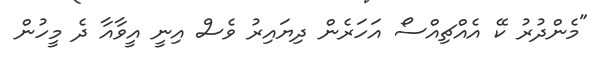
"މެންދުރު ކޭ އެއްޗިއްސޯ އަހަރެން ދިޔައިރު ވެސް އިނީ އީވާއާ ދެ މީހުން